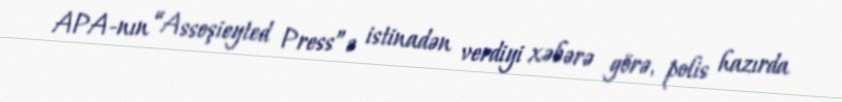
APA-nın “Assoşieyted Press”ə istinadən verdiyi xəbərə görə, polis hazırda